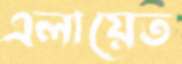
এলায়েত